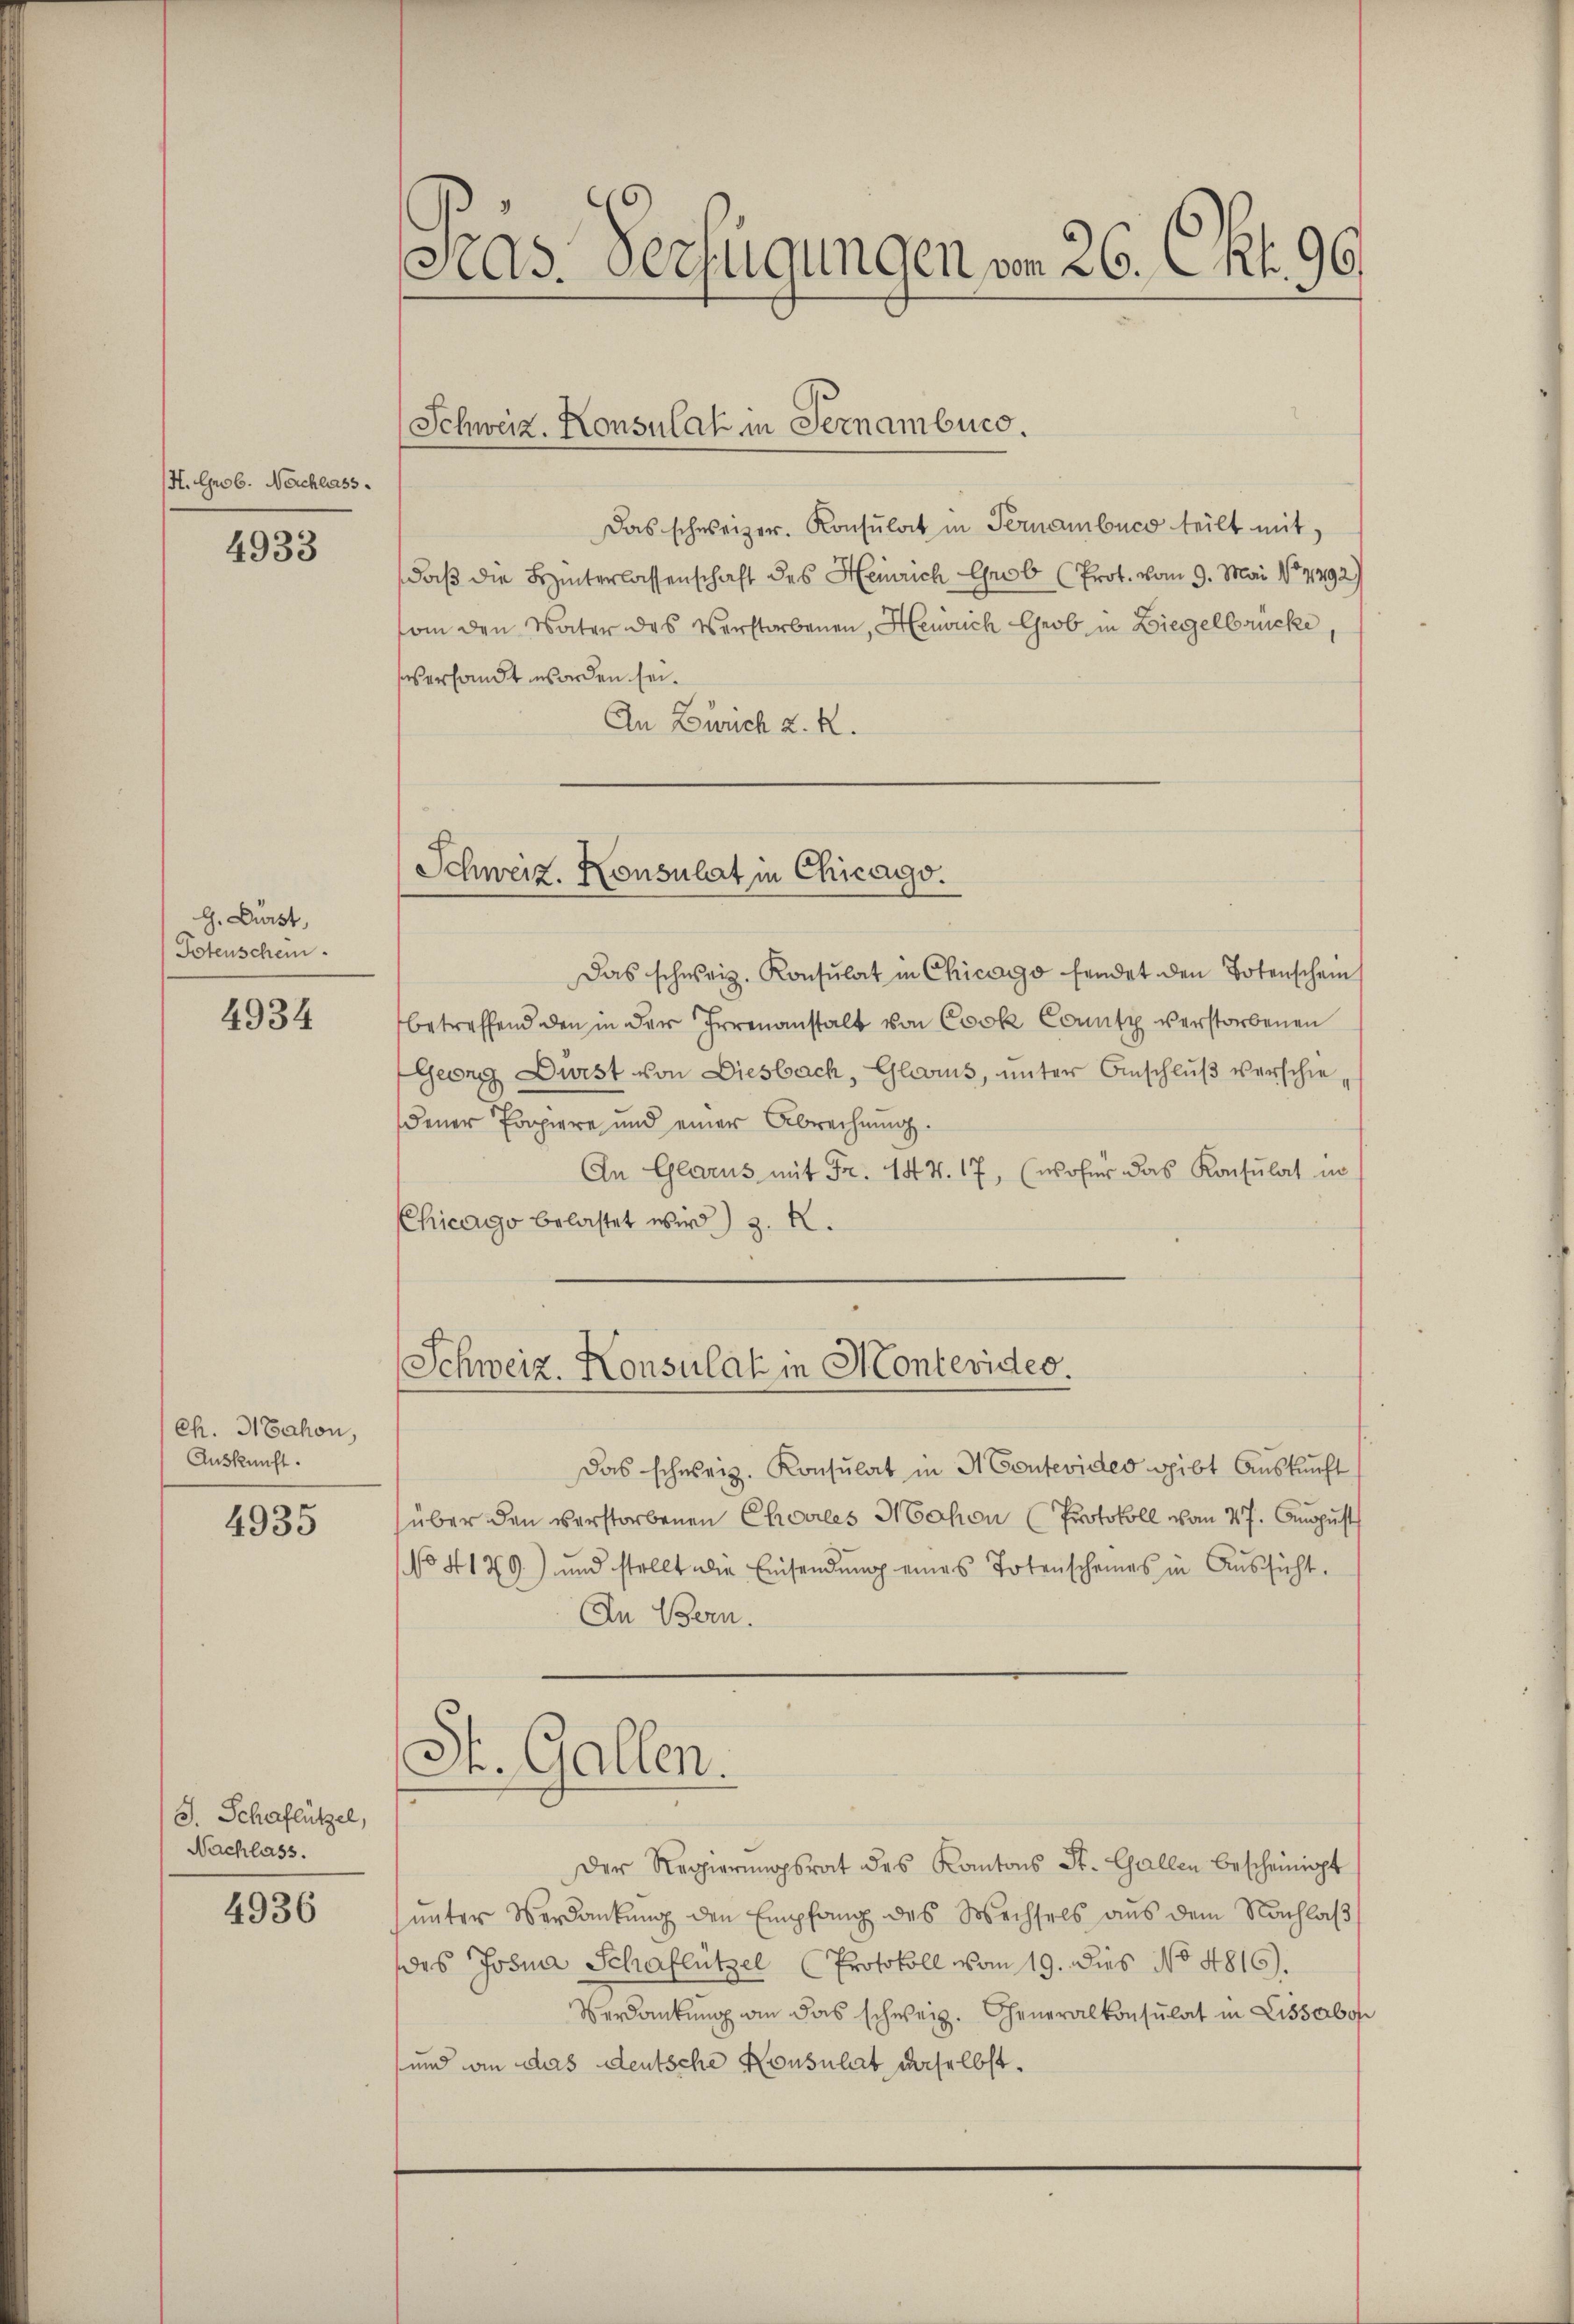
H. Grob. Nachlass.

4933

G. Durst,
Totenschein

4934

Ch. H Cahon,
Auskunft.

4935

S. Schaflützel,
Nachlass.

4936

Pras Verfügungen vom 26. Okt. 96.

Schweiz. Konsulat in Sernamburg.

Das schweizer. Konsulat in Ternembuch teilt mit
daß die Hinterlassenschaft des Heinrich Grob (Prot. vom 9. Mai 187792)
an den Vater das Verstorbenen, Heusuch Grob in Liegelbrücke,
ssersandt worden sei.
An Zürich z. R.

Schweiz. Konsulat in Chicago.

Schweiz. Konsulat in Montevideo.

Das schweiz. Konsulat in Chicago findet den Totenschein
betreffend den in der Irrenanstalt von Cook County verstorbenen
Georg Dürst von Diesbach, Glarus, unter Anschluß verschie
dener Propiere und einer Abrechnung.
An Glarus mit Fr. 144. 17, (woher das Konsulat in
Chicago belastet wird z. K.

St. Gallen.

Das schweiz. Konsulat in Montevides gibt Auskunft
über den verstorbenen Choriles Mahen (Protokoll von 47. August
No 4179) und stellt die Einsendung eines Totenscheines in Aussicht.
In Bern.
Der Regierŭngsrat des Kantons St. Gallen bescheinigt
unter Verdankŭng den Empfang des Wechsels aus dem Nachlaβ
des Josia Schaflützel (Protokoll vom 19. dies No 4816).
Verdankung an das schweiz. Generalkonsulat in Lissabon
und wie das deutsche Konsulat daselbst.